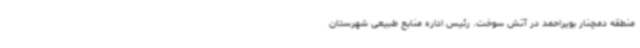
منطقه دمچنار بویراحمد در آتش سوخت. رئیس اداره منابع طبیعی شهرستان